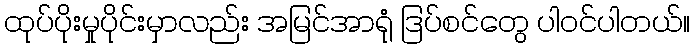
ထုပ်ပိုးမှုပိုင်းမှာလည်း အမြင်အာရုံ ဒြပ်စင်တွေ ပါဝင်ပါတယ်။